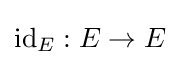
\mathrm {id} _{E}:E\to E